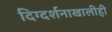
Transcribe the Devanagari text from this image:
दिग्दर्शनाखालीही